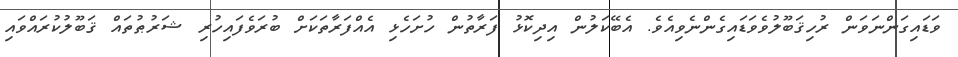
ވަޑައިގަންނަވަން ރުހިޤަބޫލުވެވަޑައިގެންނެވިއެވެ. އެބޭކަލުން އިދިކޮޅު ފަރާތުން ހުށަހެޅި އެއްފަރާތަކަށް ބުރަވެފައިހުރި ޝަރުޠުތައް ޤަބޫލުކުރައްވައި